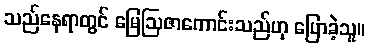
သည်နေရာတွင် မြေဩဇာကောင်းသည်ဟု ပြောခဲ့သူ။